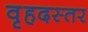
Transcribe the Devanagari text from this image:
वृहदस्तर